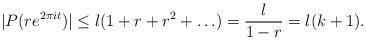
LaTeX: \begin{align*}|P(re^{2\pi it})|\le l(1+r+r^{2}+\ldots)=\frac{l}{1-r}=l(k+1).\end{align*}